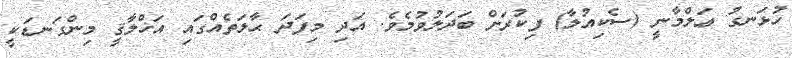
ހުޅަނގު ޢަލްމާނީ (ސެކިއުލާ) ފިކުރަށް ބަދަލުވުމެވެ. އަދި މިފަދަ ޙާލަތެއްގައި އަޚްލާޤީ މިންގަނޑަކީ